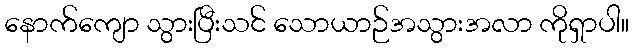
နောက်ကျော သွားပြီးသင် သောယာဉ်အသွားအလာ ကိုရှာပါ။